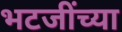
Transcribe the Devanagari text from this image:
भटजींच्या